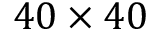
4 0 \times 4 0